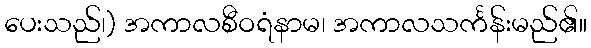
ပေးသည်၊) အကာလစီဝရံနာမ၊ အကာလသင်္ကန်းမည်၏။